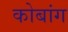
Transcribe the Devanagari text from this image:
कोबांग